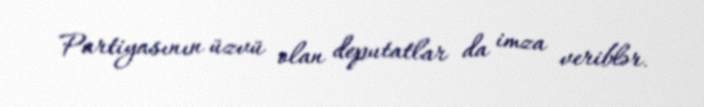
Partiyasının üzvü olan deputatlar da imza veriblər.